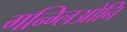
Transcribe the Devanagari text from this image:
गन्ग्लिओनि